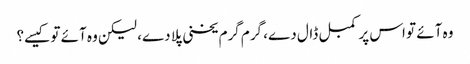
وہ آئے تو اس پر کمبل ڈال دے، گرم گرم یخنی پلا دے، لیکن وہ آئے تو کیسے؟